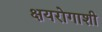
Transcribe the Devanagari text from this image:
क्षयरोगाशी